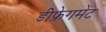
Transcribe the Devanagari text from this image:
डीफ्रेगमेंट